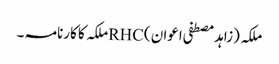
ملکہ (زاہد مصطفی اعوان )RHCملکہ کا کارنامہ ۔